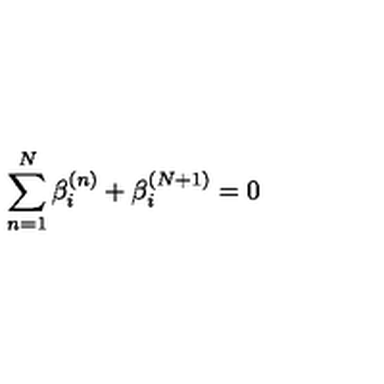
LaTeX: \sum _ { n = 1 } ^ { N } \beta _ { i } ^ { ( n ) } + \beta _ { i } ^ { ( N + 1 ) } = 0